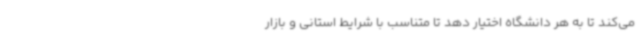
می‌کند تا به هر دانشگاه اختیار دهد تا متناسب با شرایط استانی و بازار